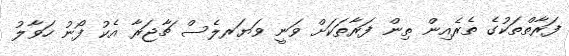
ފަރާތްތަކުގެ ތެރެއިން ތިން ފަރާތަކަށް ވަނީ ވަޔަރލެސް ޗާޖަރާ އެކު ފޯނު ހަވާލު